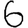
Digit: 6